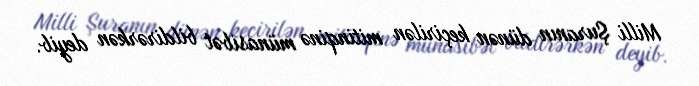
Milli Şuranın dünən keçirilən mitinqinə münasibət bildirərkən deyib.